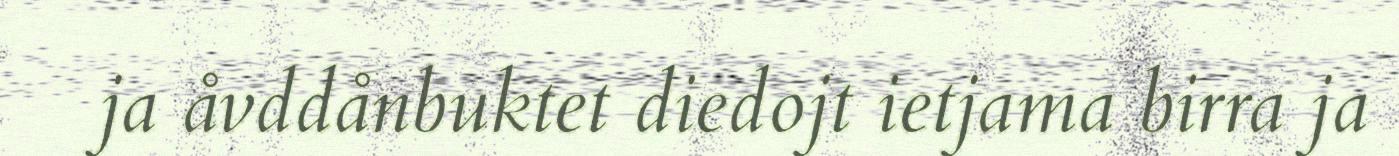
ja åvddånbuktet diedojt ietjama birra ja